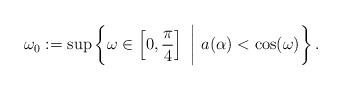
LaTeX: \begin{align*} \omega_0 := \sup \left\{ \omega \in \left[0, \frac{\pi}{4}\right] \ \bigg | \ a(\alpha) < \cos(\omega) \right\}. \end{align*}